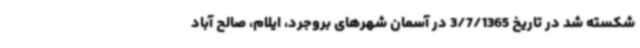
شکسته شد در تاریخ 3/7/1365 در آسمان شهرهای بروجرد، ایلام، صالح آباد